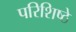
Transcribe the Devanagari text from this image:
परिशिष्ठे